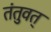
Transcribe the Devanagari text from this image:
तंतुवत्